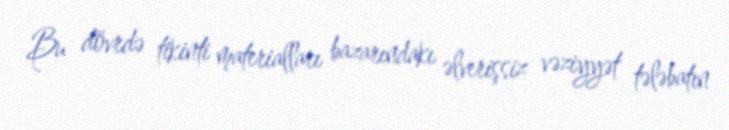
Bu dövrdə tikinti materialları bazarındakı əlverişsiz vəziyyət tələbatın